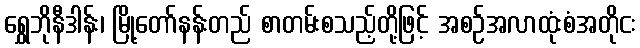
ရွှေဘိုနီဒါန်း၊ မြို့တော်နန်းတည် စာတမ်းစသည့်တို့ဖြင့် အစဉ်အလာထုံးစံအတိုငး